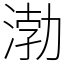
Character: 渤